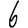
Digit: 6